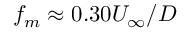
f _ { m } \approx 0 . 3 0 U _ { \infty } / D